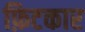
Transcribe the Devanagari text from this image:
फ़िटकार